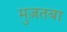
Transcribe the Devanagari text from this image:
मुज़तबा